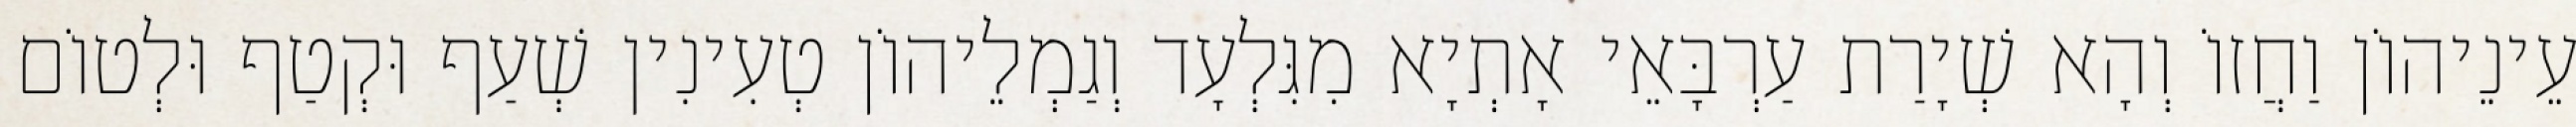
עֵינֵיהוֹן וַחֲזוֹ וְהָא שְׁיָרַת עַרְבָּאֵי אָתְיָא מִגִּלְעָד וְגַמְלֵיהוֹן טְעִינִין שְׁעַף וּקְטַף וּלְטוֹם